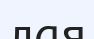
лая